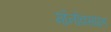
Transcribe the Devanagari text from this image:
मॉनोक्साइड